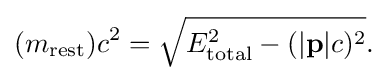
(m_{\mathrm {rest} })c^{2}={\sqrt {E_{\mathrm {total} }^{2}-(|\mathbf {p} |c)^{2}}}.\!